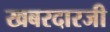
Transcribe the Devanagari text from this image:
खबरदारजी